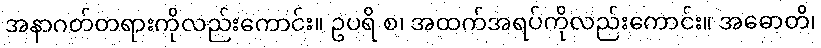
အနာဂတ်တရားကိုလည်းကောင်း။ ဥပရိ စ၊ အထက်အရပ်ကိုလည်းကောင်း။ အဓောတိ၊